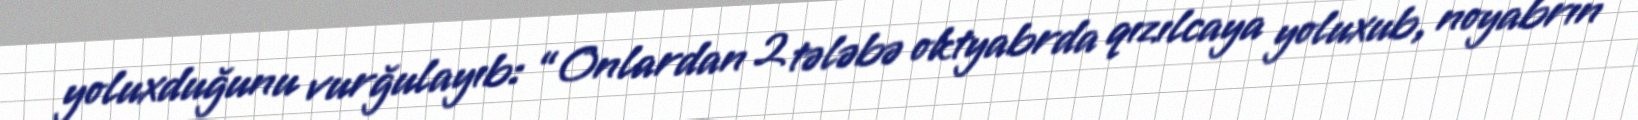
yoluxduğunu vurğulayıb: “Onlardan 2 tələbə oktyabrda qızılcaya yoluxub, noyabrın